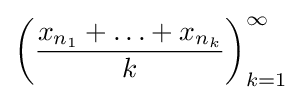
\left({\frac {x_{n_{1}}+\ldots +x_{n_{k}}}{k}}\right)_{k=1}^{\infty }